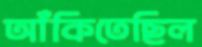
আঁকিতেছিল